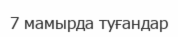
7 мамырда туғандар